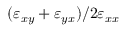
( \varepsilon _ { x y } + \varepsilon _ { y x } ) / 2 \varepsilon _ { x x }